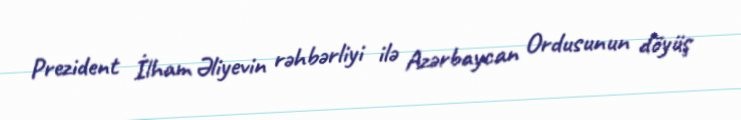
Prezident İlham Əliyevin rəhbərliyi ilə Azərbaycan Ordusunun döyüş